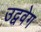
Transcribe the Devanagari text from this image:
उद्ववेग